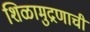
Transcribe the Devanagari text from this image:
शिळामुद्रणाची